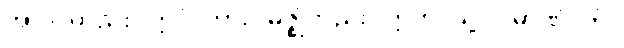
အာဒိ၊ တည်း။ ဣဒံ၊ ကား။ မဇ္ဈံတည်း။ ဣတိ၊ သို့။ ပမာဏံ၊ ကို။